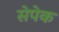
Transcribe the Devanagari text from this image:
सेपेक